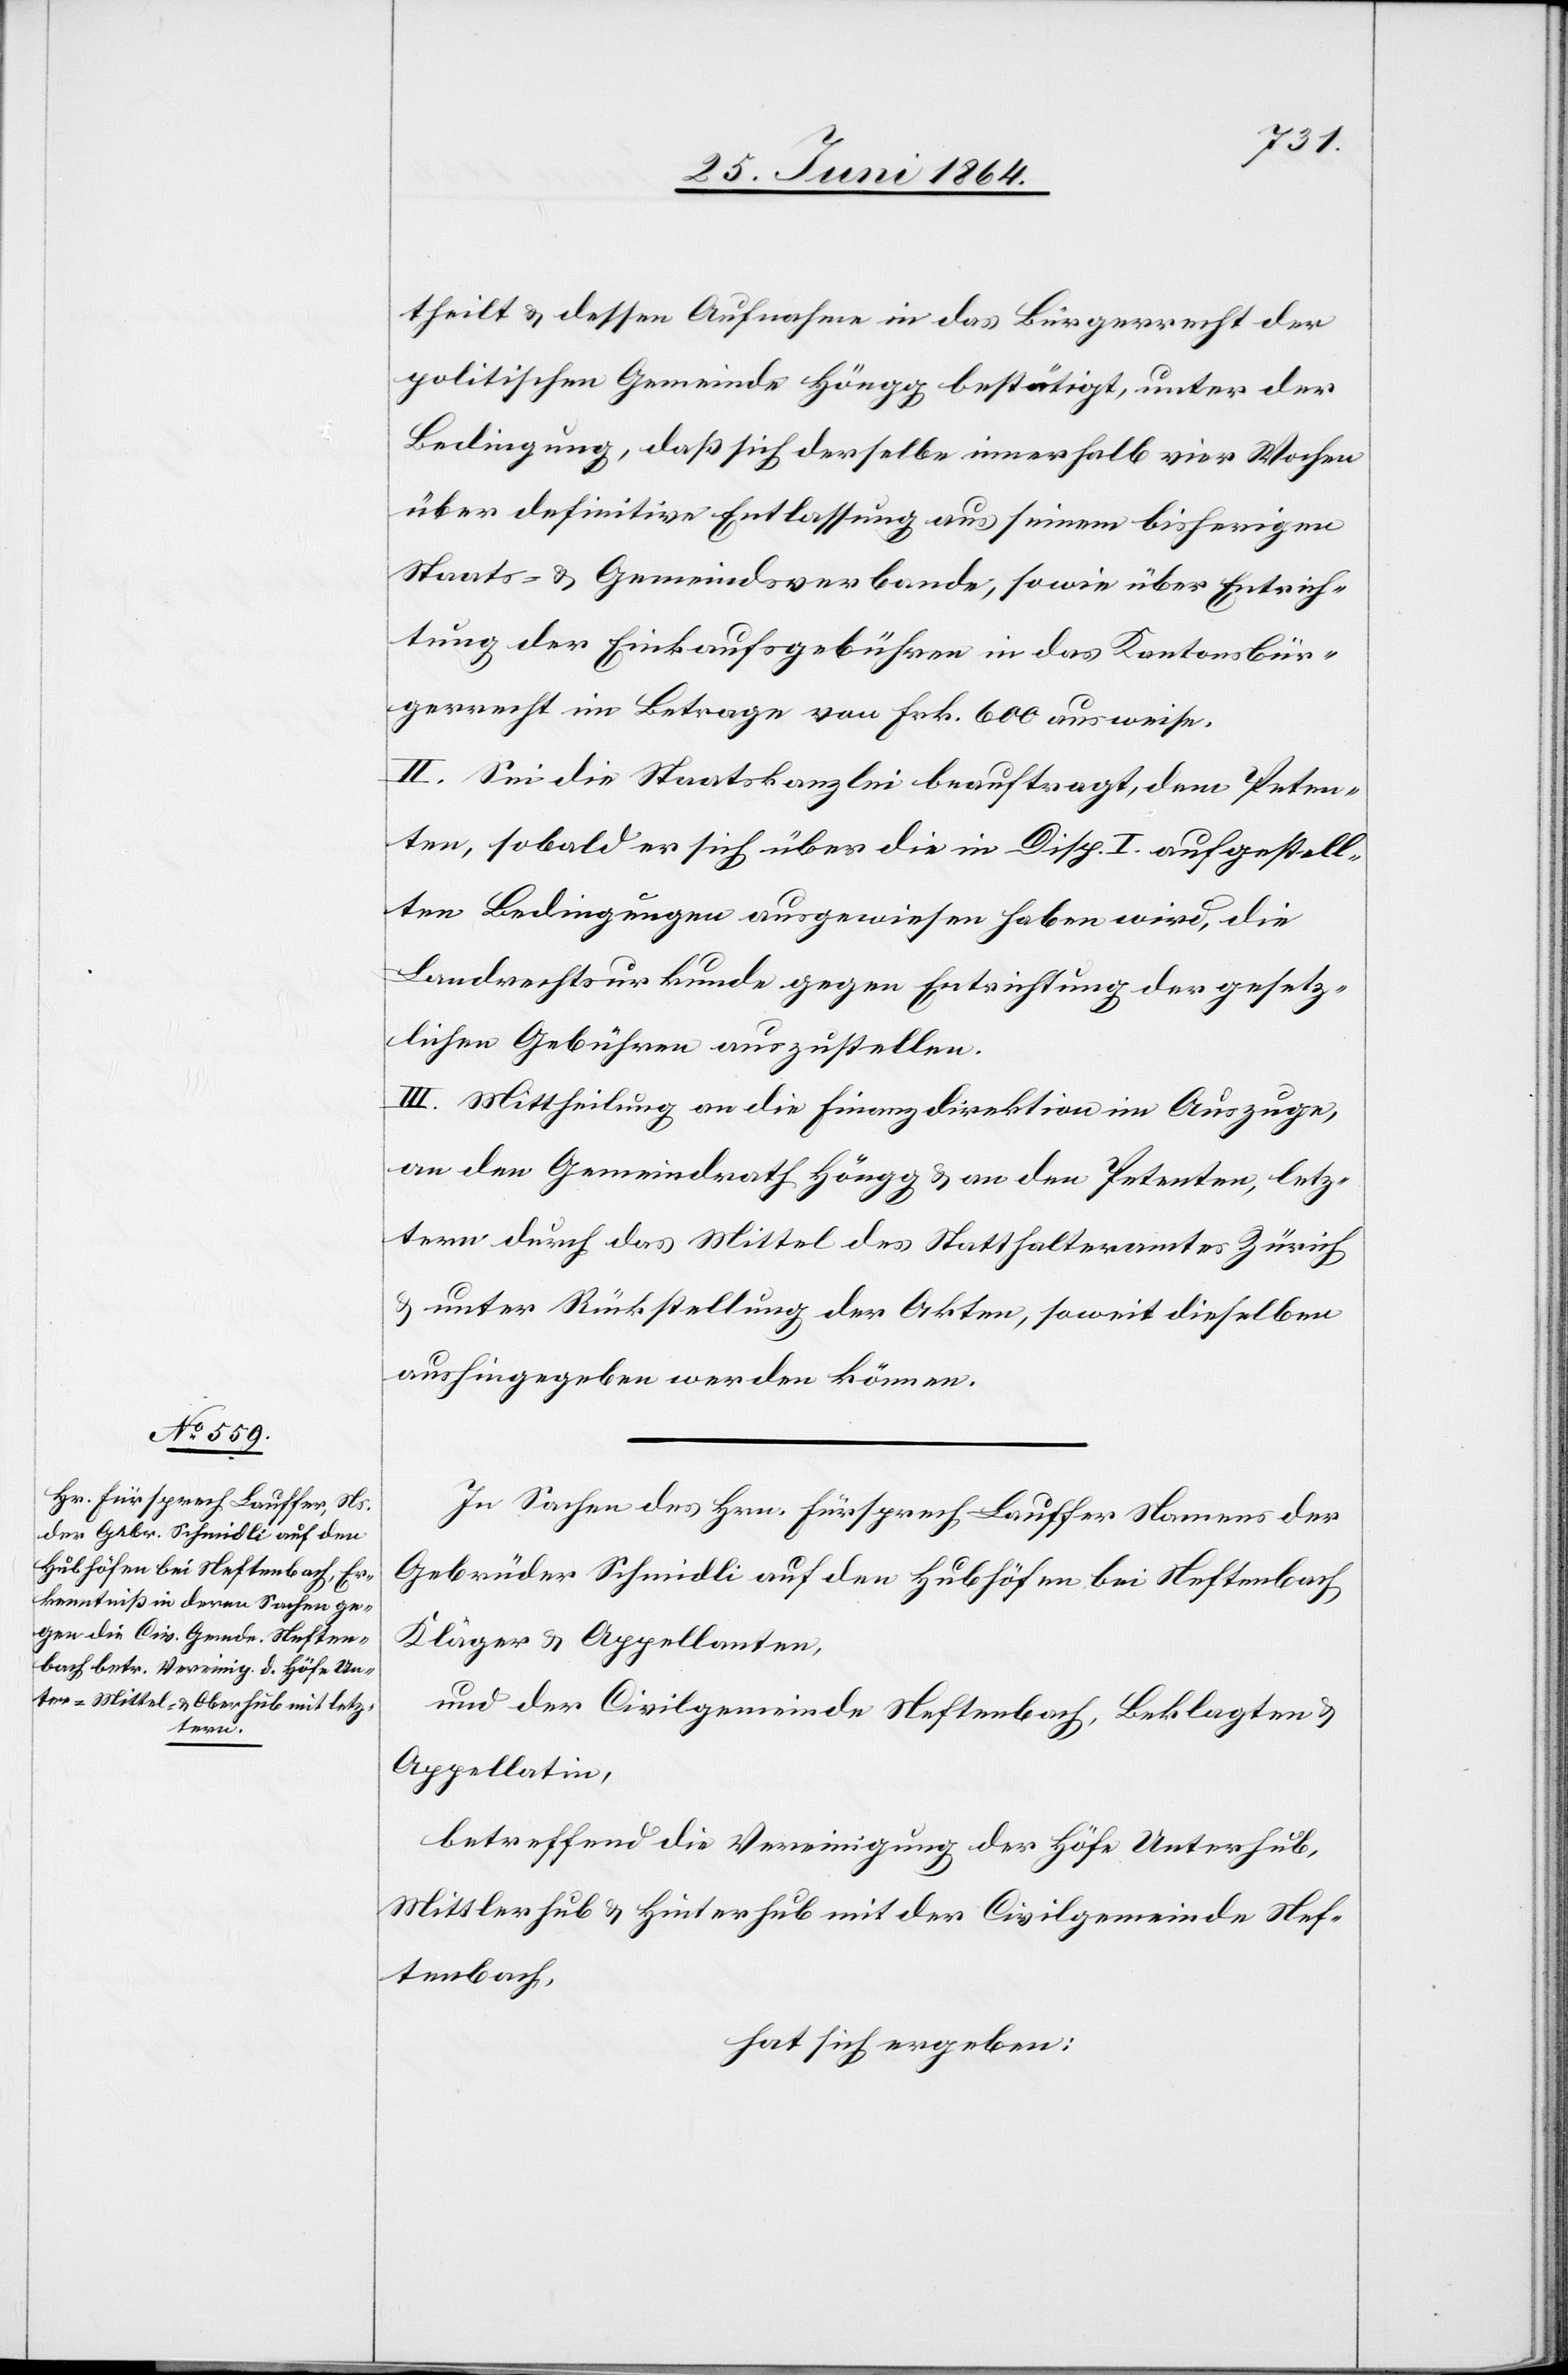
theilt u. dessen Aufnahme in das Bürgerrecht der
politischen Gemeinde Höngg bestätigt, unter der
Bedingung, daß sich derselbe innerhalb vier Wochen
über definitive Entlassung aus seinem bisherigen
Staats- u. Gemeindsverbande, sowie über Entrich¬
tung der Einkaufsgebühren in das Kantonsbür¬
gerrecht im Betrage von Frk. 600 ausweise.
II. Sei die Staatskanzlei beauftragt, dem Peten¬
ten, sobald er sich über die in Disp. I. aufgestell¬
ten Bedingungen ausgewiesen haben wird, die
Landrechtsurkunde gegen Entrichtung der gesetz¬
lichen Gebühren auszustellen.
III. Mittheilung an die Finanzdirektion im Auszuge,
an den Gemeindrath Höngg u. an den Petenten, letz¬
term durch das Mittel des Statthalteramtes Zürich
u. unter Rückstellung der Akten, soweit dieselben
aushingegeben werden können.
In Sachen des Hrn. Fürsprech Lauffer Namens der
Gebrüder Schmidli auf den Hubhöfen bei Neftenbach[,]
Kläger u. Appellanten,
und der Civilgemeinde Neftenbach, Beklagten u.
Appellatin,
betreffend die Vereinigung der Höfe Unterhub,
Mittlerhub u. Hinterhub mit der Civilgemeinde Nef¬
tenbach,
hat sich ergeben: